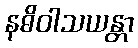
နဓိဝါသယန္တာ